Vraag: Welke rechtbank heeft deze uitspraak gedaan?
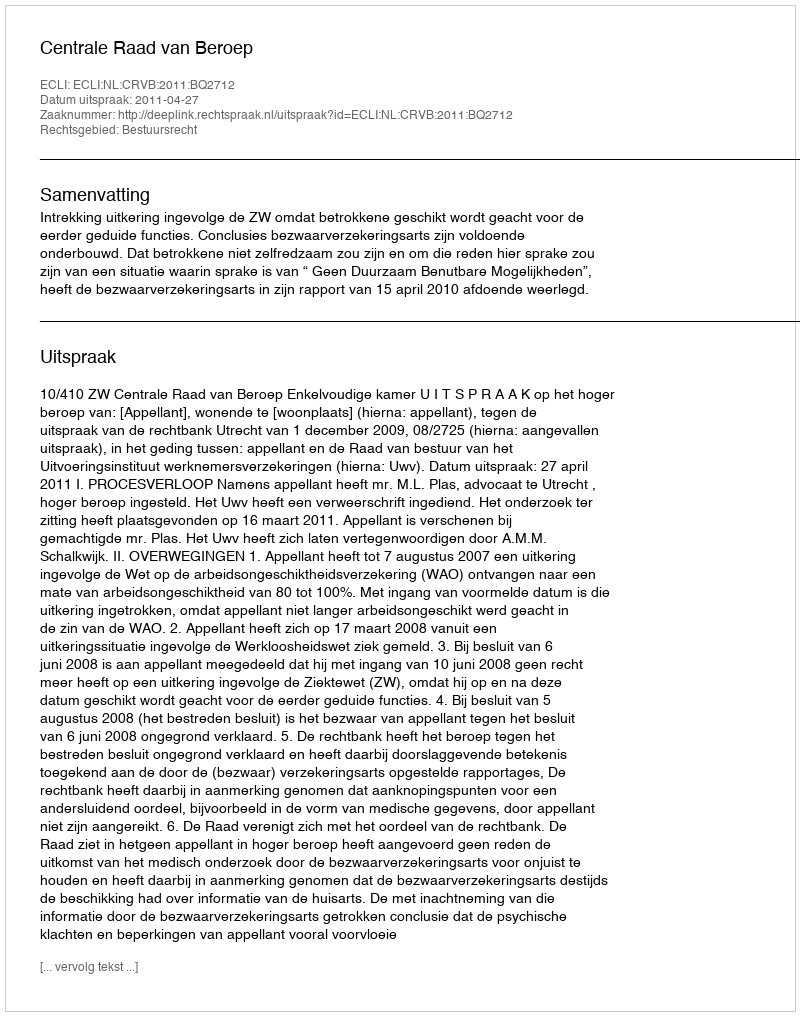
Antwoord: Centrale Raad van Beroep